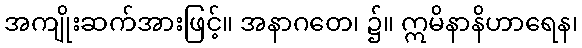
အကျိုးဆက်အားဖြင့်။ အနာဂတေ၊ ၌။ ဣမိနာနိဟာရေန၊